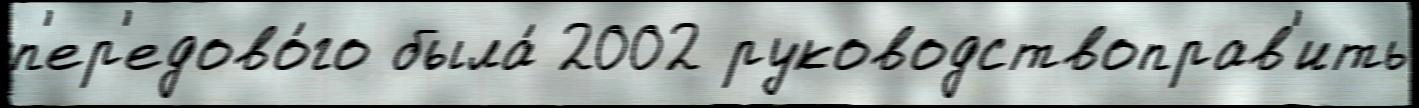
п'ер'едово́го была́ 2002 руководствоправ'ить